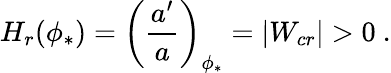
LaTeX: H_{r}(\phi_{*})=\left({\frac{a^{\prime}}{a}}\right)_{\phi_{*}}=|W_{cr}|>0\ .